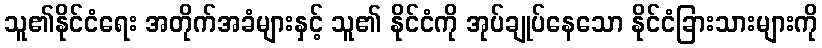
သူ၏နိုင်ငံရေး အတိုက်အခံများနှင့် သူ၏ နိုင်ငံကို အုပ်ချုပ်နေသော နိုင်ငံခြားသားများကို